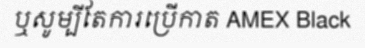
ឬសូម្បីតែការប្រើកាត AMEX Black